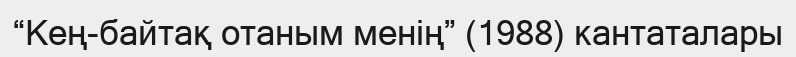
“Кең-байтақ отаным менің” (1988) кантаталары